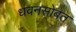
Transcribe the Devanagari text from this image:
धवनसोबत